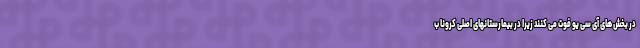
در بخش های آی سی یو فوت می کنند زیرا در بیمارستانهای اصلی کرونا ب